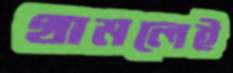
থামলেই